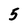
Character: 5